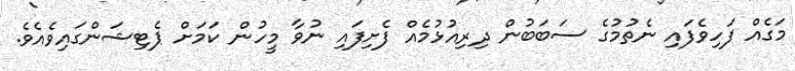
މަގެއް ފަހިވެފައި ނެތުމުގެ ސަބަބުން ދިރިއުޅުމެއް ފެށިފައި ނުވާ މީހުން ކަމަށް ޕެޓިޝަންގައިވެއެވެ.